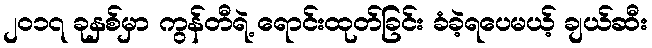
၂၀၁၇ ခုနှစ်မှာ ကွန်တီရဲ့ ရောင်းထုတ်ခြင်း ခံခဲ့ရပေမယ့် ချယ်ဆီး